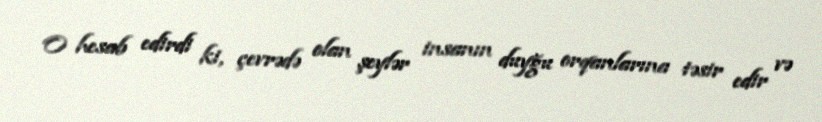
O hesab edirdi ki, çevrədə olan şeylər insanın duyğu orqanlarına təsir edir və